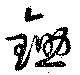
鋤